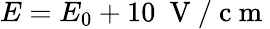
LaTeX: E=E_{0}+10~\mathrm{~V~/~c~m~}